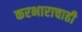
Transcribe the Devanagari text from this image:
करभाराचाही